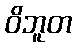
ဝိဘူတ